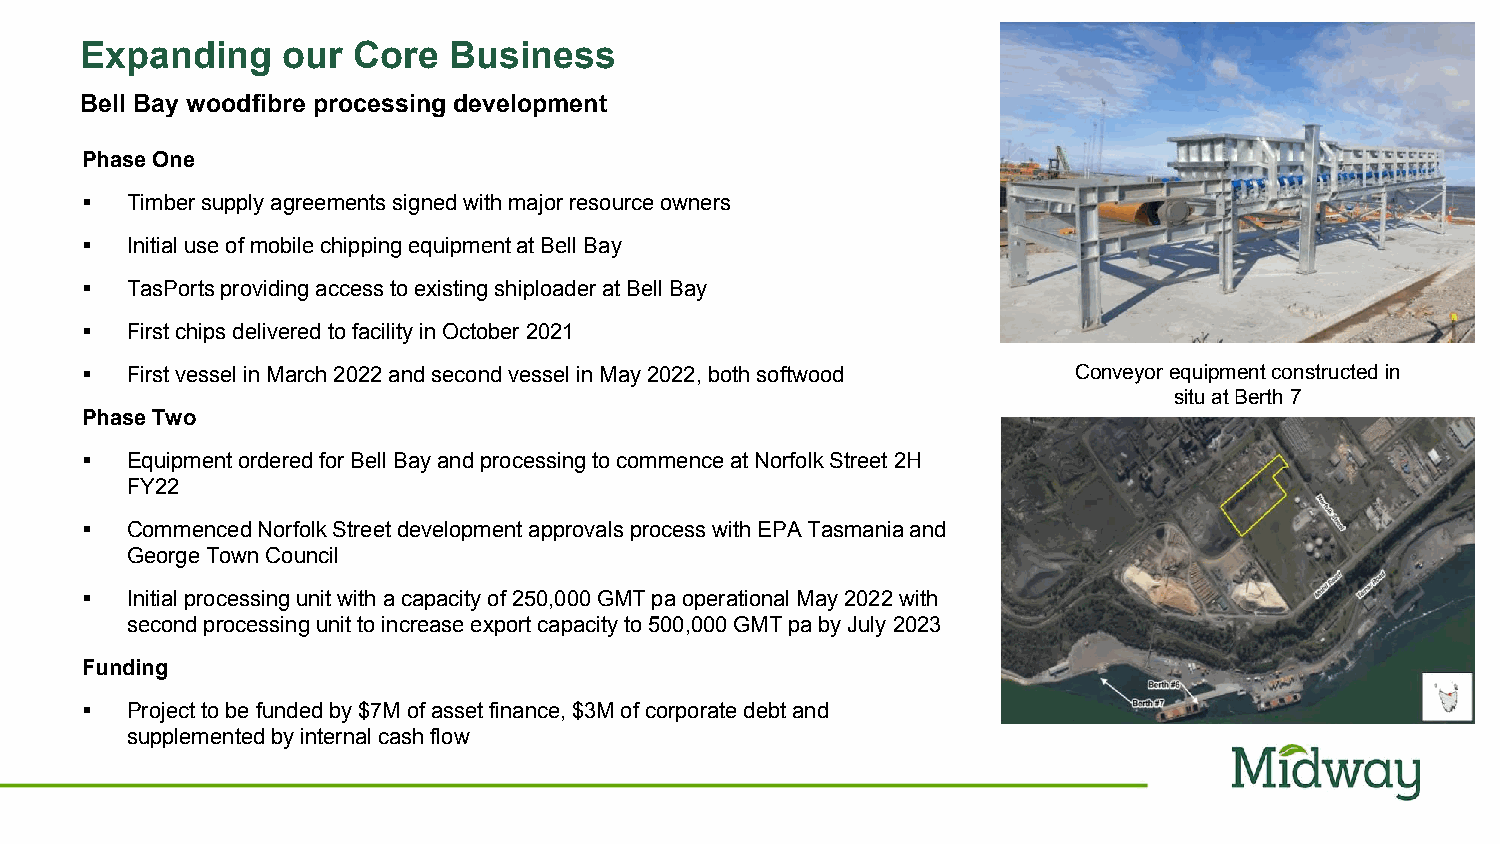
Expanding     our Core   Business
 Bell Bay woodfibre processing development
 Phase One
 ▪  Timber supply agreements signed with major resource owners
 ▪  Initial use of mobile chipping equipment at Bell Bay
 ▪  TasPortsproviding access to existing shiploaderat Bell Bay
 ▪  First chips delivered to facility in October 2021
 ▪  First vessel in March 2022 and second vessel in May 2022, both softwood Conveyor equipment constructed in
 situ at Berth 7
 Phase Two
 ▪  Equipment ordered for Bell Bay and processing to commence at Norfolk Street 2H
 FY22
 ▪  Commenced Norfolk Street development approvals process with EPA Tasmania and
 George Town Council
 ▪  Initial processing unit with a capacity of 250,000 GMT pa operational May 2022 with
 second processing unit to increase export capacity to 500,000 GMT pa by July 2023
 Funding
 ▪  Project to be funded by $7M of asset finance, $3M of corporate debt and
 supplemented by internal cash flow